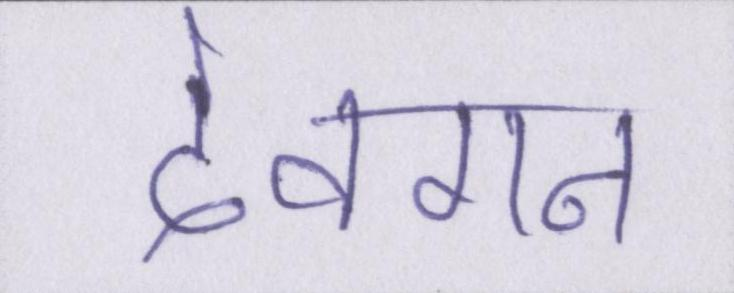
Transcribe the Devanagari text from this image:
देवगन